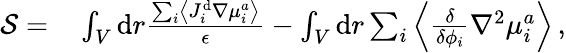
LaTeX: \begin{array}{rl}{\mathcal{S}=}&{{}\int_{V}\mathrm{d}r\frac{\sum_{i}\left\langle J_{i}^{\mathrm{d}}\nabla{\mu}_{i}^{a}\right\rangle}{\epsilon}-\int_{V}\mathrm{d}r\sum_{i}\left\langle\frac{\delta}{\delta{\phi_{i}}}\nabla^{2}\mu_{i}^{a}\right\rangle\, ,}\end{array}